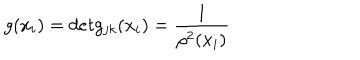
g ( x _ { i } ) = d e t g _ { j k } ( x _ { i } ) = \frac { 1 } { \rho ^ { 2 } ( x _ { i } ) }